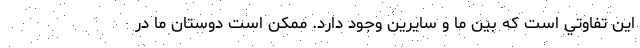
اين تفاوتي است كه بين ما و سايرين وجود دارد. ممكن است دوستان ما در